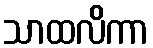
သာထလိကာ